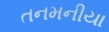
તનમનીયા